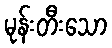
မုန်းတီးသော